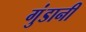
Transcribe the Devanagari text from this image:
गुंडानी